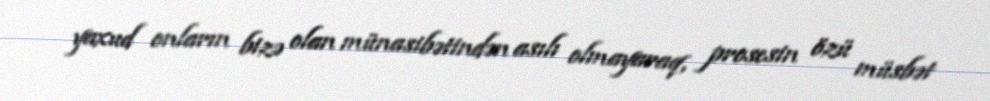
yaxud onların bizə olan münasibətindən asılı olmayaraq, prosesin özü müsbət